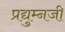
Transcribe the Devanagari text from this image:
प्रद्युम्नजी